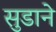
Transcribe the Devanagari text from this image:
सुडाने